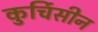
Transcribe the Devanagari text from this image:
कुर्चिसीन